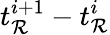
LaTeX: t_{\mathcal{R}}^{i+1}-t_{\mathcal{R}}^{i}